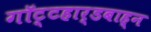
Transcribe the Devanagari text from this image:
गॉट्टहार्डबाह्न